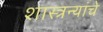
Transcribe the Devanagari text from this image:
शास्त्रन्यांचे